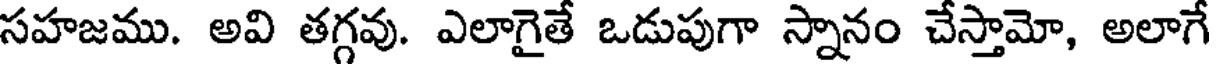
సహజము. అవి తగ్గవు. ఎలాగైతే ఒడుపుగా స్నానం చేస్తామో, అలాగే